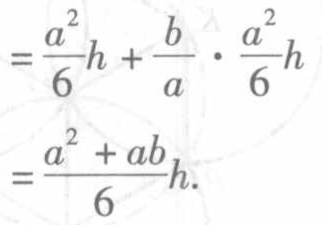
\[
\begin{align*}
&=\frac{a^{2}}{6}h+\frac{b}{a}\cdot\frac{a^{2}}{6}h\\
&=\frac{a^{2}+ab}{6}h.
\end{align*}
\]